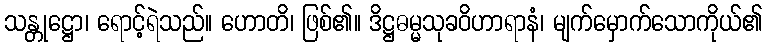
သန္တုဋ္ဌော၊ ရောင့်ရဲသည်။ ဟောတိ၊ ဖြစ်၏။ ဒိဋ္ဌဓမ္မသုခဝိဟာရာနံ၊ မျက်မှောက်သောကိုယ်၏